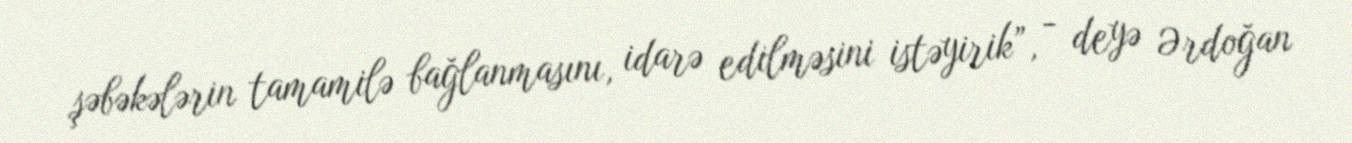
şəbəkələrin tamamilə bağlanmasını, idarə edilməsini istəyirik”, - deyə Ərdoğan